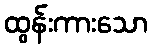
ထွန်းကားသော